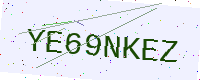
Text: YE69NKEZ